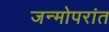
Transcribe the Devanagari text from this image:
जन्मोपरांत